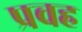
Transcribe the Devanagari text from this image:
प्रवह